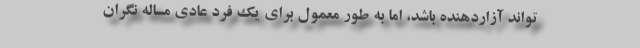
تواند آزاردهنده باشد، اما به طور معمول برای یک فرد عادی مساله نگران